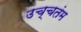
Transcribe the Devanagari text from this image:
उच्चतंम